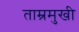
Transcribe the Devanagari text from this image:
ताम्रमुखी